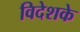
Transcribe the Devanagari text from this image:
विदेशके